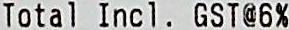
TOTAL INCL. GST@6%